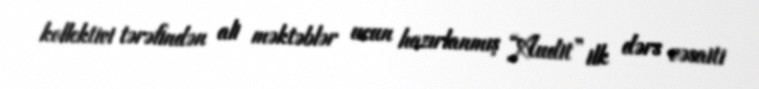
kollektivi tərəfindən ali məktəblər ucun hazırlanmış “Audit” ilk dərs vəsaiti